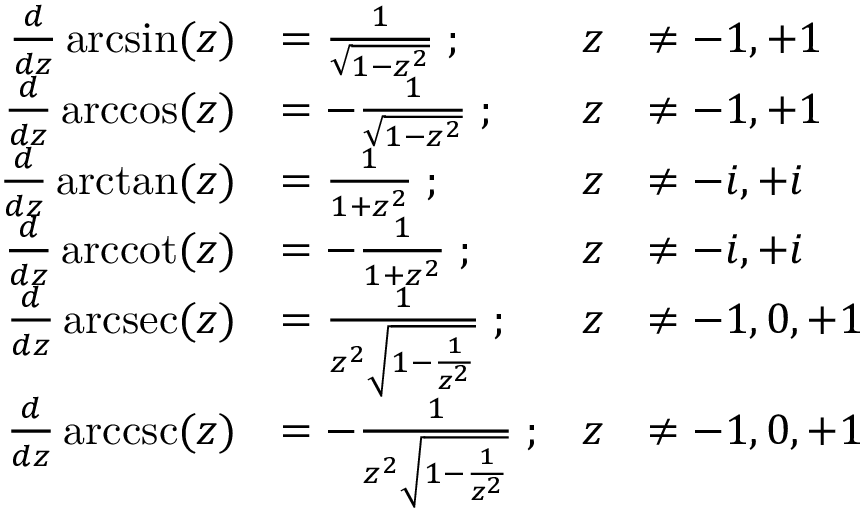
{ \begin{array} { r l r l } { { \frac { d } { d z } } \arcsin ( z ) } & { = { \frac { 1 } { \sqrt { 1 - z ^ { 2 } } } } \; ; } & { z } & { \neq - 1 , + 1 } \\ { { \frac { d } { d z } } \operatorname { a r c c o s } ( z ) } & { = - { \frac { 1 } { \sqrt { 1 - z ^ { 2 } } } } \; ; } & { z } & { \neq - 1 , + 1 } \\ { { \frac { d } { d z } } \arctan ( z ) } & { = { \frac { 1 } { 1 + z ^ { 2 } } } \; ; } & { z } & { \neq - i , + i } \\ { { \frac { d } { d z } } \operatorname { a r c c o t } ( z ) } & { = - { \frac { 1 } { 1 + z ^ { 2 } } } \; ; } & { z } & { \neq - i , + i } \\ { { \frac { d } { d z } } \operatorname { a r c s e c } ( z ) } & { = { \frac { 1 } { z ^ { 2 } { \sqrt { 1 - { \frac { 1 } { z ^ { 2 } } } } } } } \; ; } & { z } & { \neq - 1 , 0 , + 1 } \\ { { \frac { d } { d z } } \operatorname { a r c c s c } ( z ) } & { = - { \frac { 1 } { z ^ { 2 } { \sqrt { 1 - { \frac { 1 } { z ^ { 2 } } } } } } } \; ; } & { z } & { \neq - 1 , 0 , + 1 } \end{array} }